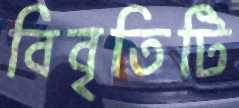
বিবৃতিটি